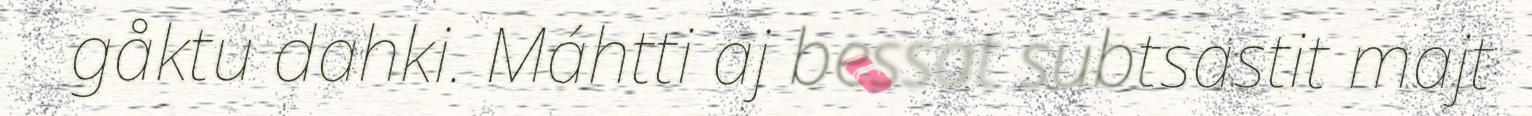
gåktu dahki. Máhtti aj bessat subtsastit majt